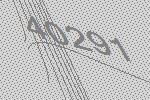
40291